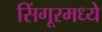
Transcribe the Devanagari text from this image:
सिंगूरमध्ये